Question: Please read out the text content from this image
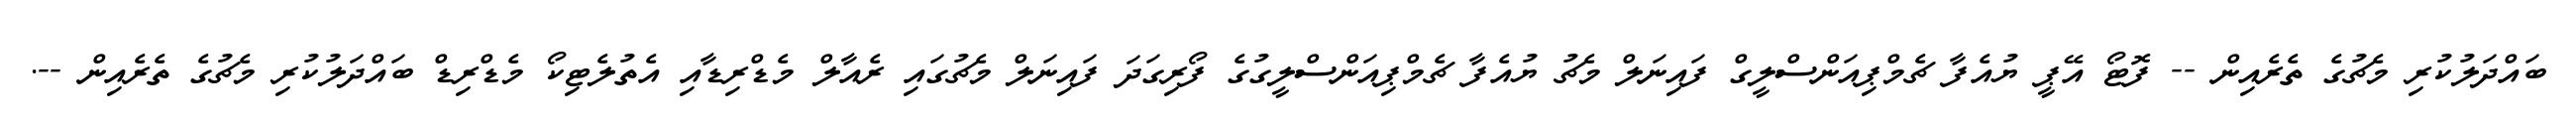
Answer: ބައްދަލުކުރި މެޗުގެ ތެރެއިން -- ފޮޓޯ އޭޕީ ޔުއެފާ ޗެމްޕިއަންސްލީގް ފައިނަލް މެޗު ޔުއެފާ ޗެމްޕިއަންސްލީގުގެ ފޯރިގަދަ ފައިނަލް މެޗުގައި ރެއާލް މެޑްރިޑާއި އެތުލެޓިކޯ މެޑްރިޑް ބައްދަލުކުރި މެޗުގެ ތެރެއިން --.